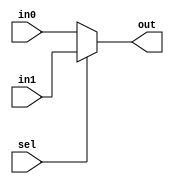
module MUX32bit_2in
(
    input sel,
    input [31:0] in0,
    input [31:0] in1,
    output reg [31:0] out
);

always @(*) begin
    out<=sel? in1:in0;
end

endmodule